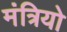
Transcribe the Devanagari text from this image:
मंत्रियो